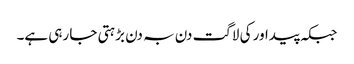
جبکہ پیداور کی لاگت دن بہ دن بڑہتی جا رہی ہے۔